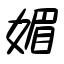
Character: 媚